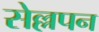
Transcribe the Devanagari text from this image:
सेल्लपन